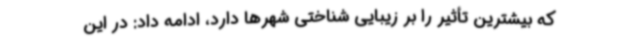
که بیشترین تأثیر را بر زیبایی شناختی شهرها دارد، ادامه داد: در این